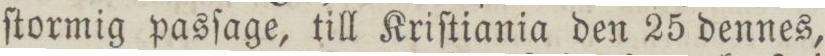
ſtormig pasſage, till Kriſtiania den 25 dennes,